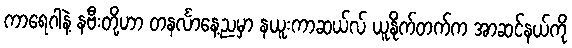
ကာရေဂါနဲ့ နဗီးတို့ဟာ တနင်္လာနေ့ညမှာ နယူးကာဆယ်လ် ယူနိုက်တက်က အာဆင်နယ်ကို